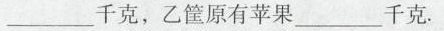
___千克，乙筐原有苹果___千克.